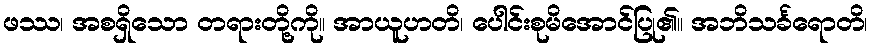
ဖဿ၊ အစရှိသော တရားတို့ကို။ အာယူဟတိ၊ ပေါင်းစုမိအောင်ပြု၏။ အဘိသင်္ခရောတိ၊